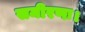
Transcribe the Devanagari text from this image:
समीरणः।